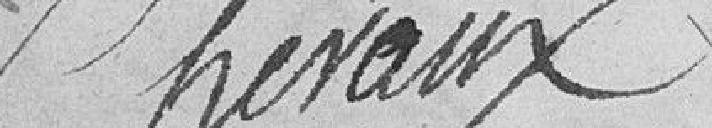
chevaux